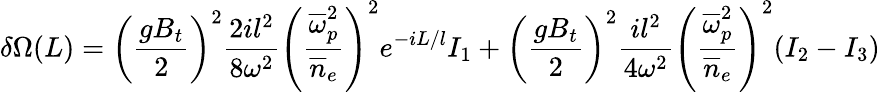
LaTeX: \delta\Omega(L)=\left({\frac{gB_{t}}{2}}\right)^{2}{\frac{2il^{2}}{8\omega^{2}}}\left({\frac{\overline{{\omega}}_{p}^{2}}{\overline{{n}}_{e}}}\right)^{2}e^{-iL/l}I_{1}+\left({\frac{gB_{t}}{2}}\right)^{2}{\frac{il^{2}}{4\omega^{2}}}\left({\frac{\overline{{\omega}}_{p}^{2}}{\overline{{n}}_{e}}}\right)^{2}(I_{2}-I_{3})